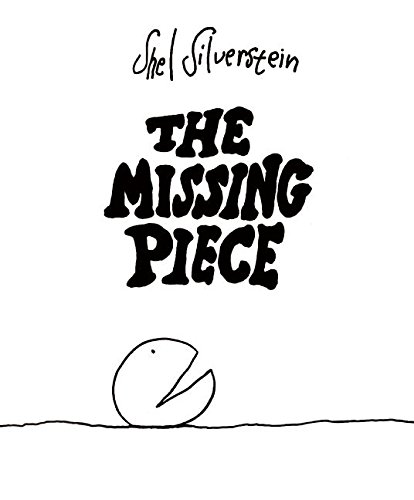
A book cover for The Missing Piece; Shel Silverstein; Children's Books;